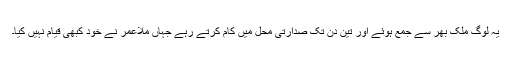
یہ لوگ ملک بھر سے جمع ہوئے اور تین دن تک صدارتی محل میں کام کرتے رہے جہاں ملاعمر نے خود کبھی قیام نہیں کیا۔